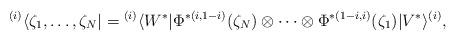
LaTeX: \begin{align*} {}^{(i)}\langle\zeta_1,\ldots,\zeta_N| = {}^{(i)}\langle W^*| \Phi^{*(i,1-i)}(\zeta_N)\otimes\cdots\otimes\Phi^{*(1-i,i)}(\zeta_1) |V^*\rangle^{(i)},\end{align*}